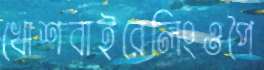
খোশবাইরেলিংওপৈ